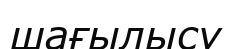
шағылысу